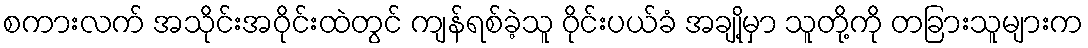
စကားလက် အသိုင်းအဝိုင်းထဲတွင် ကျန်ရစ်ခဲ့သူ ဝိုင်းပယ်ခံ အချို့မှာ သူတို့ကို တခြားသူများက